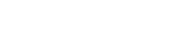
တင်ဒါအောင်မြင်ခဲ့သည့်